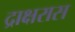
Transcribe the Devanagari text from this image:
द्राक्षरास